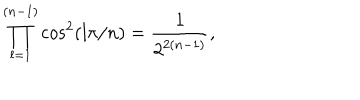
LaTeX: \prod _ { l = 1 } ^ { ( n - 1 ) } \cos ^ { 2 } ( l \pi / n ) = { \frac { 1 } { 2 ^ { 2 ( n - 1 ) } } } ,